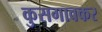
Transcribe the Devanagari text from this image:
कुसगावकर